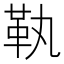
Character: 𩉝